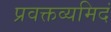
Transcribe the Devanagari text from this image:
प्रवक्तव्यमिदं